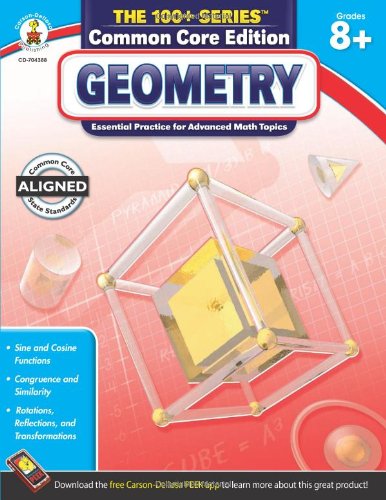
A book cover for Geometry , Grades 8 - 10 (The 100+ Series(TM)); Science & Math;